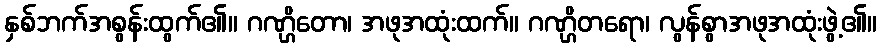
နှစ်ဘက်အစွန်းထွက်၏။ ဂဏ္ဌိတော၊ အဖုအထုံးထက်။ ဂဏ္ဌိတရော၊ လွန်စွာအဖုအထုံးဖွဲ့၏။